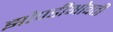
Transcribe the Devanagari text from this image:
झोपडीभोवती